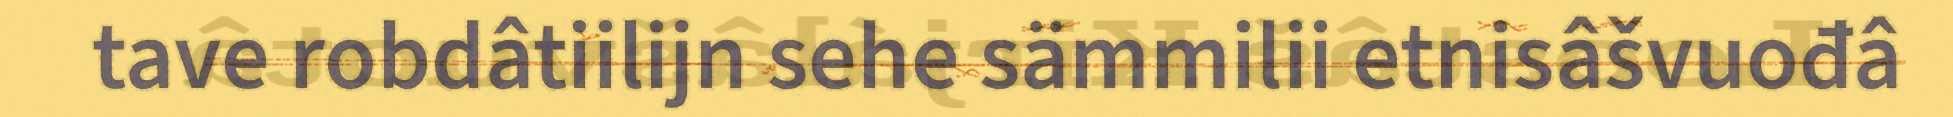
tave robdâtiilijn sehe sämmilii etnisâšvuođâ